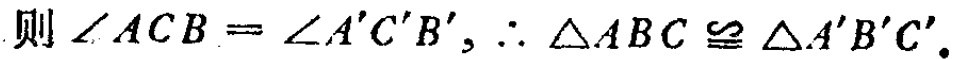
则\(\angle ACB = \angle A'C'B'\)，\(\therefore \triangle ABC\cong\triangle A'B'C'\)。